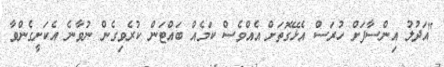
"އަދުލު އިންސާފަށް ހުރަސް އެޅޭގޮތަށް އެއްވެސް ކަމެއް ބައްޓަން ކުރެވިގެން ނުވާނެ އެކަށީގެންވާ